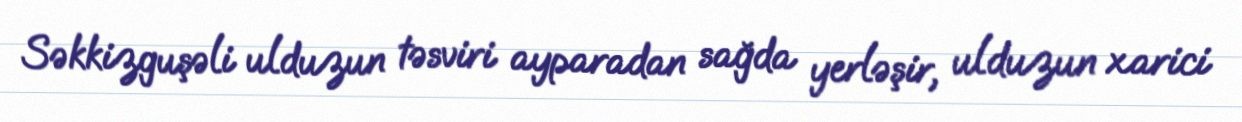
Səkkizguşəli ulduzun təsviri ayparadan sağda yerləşir, ulduzun xarici